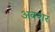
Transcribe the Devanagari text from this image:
अक्शर